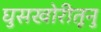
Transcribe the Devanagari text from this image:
घुसखोरीतूनु